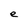
Character: e